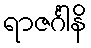
ရာဇင်္ဂါနိ